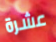
عشرة